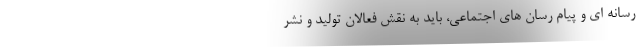
رسانه ای و پیام رسان های اجتماعی، باید به نقش فعالان تولید و نشر